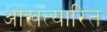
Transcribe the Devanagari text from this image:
आखत्यारित